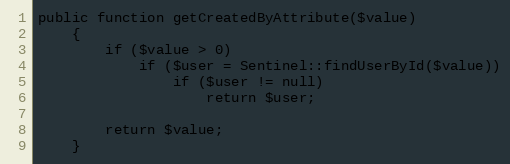
Language: PHP
public function getCreatedByAttribute($value)
    {
        if ($value > 0)
            if ($user = Sentinel::findUserById($value))
                if ($user != null)
                    return $user;

        return $value;
    }